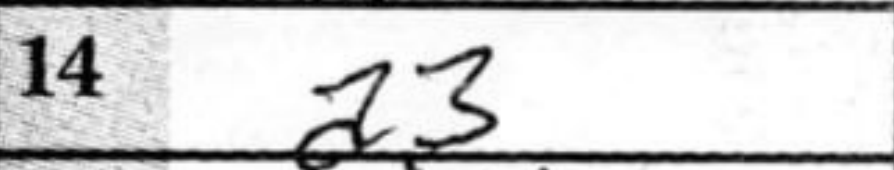
Transcription: a3